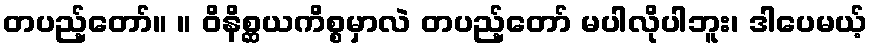
တပည့်တော်။ ။ ဝိနိစ္ဆယကိစ္စမှာလဲ တပည့်တော် မပါလိုပါဘူး၊ ဒါပေမယ့်